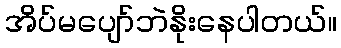
အိပ်မပျော်ဘဲနိုးနေပါတယ်။